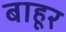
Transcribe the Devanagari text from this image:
बाहूर